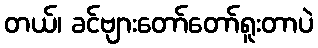
တယ်၊ ခင်ဗျားတော်တော်ရူးတာပဲ